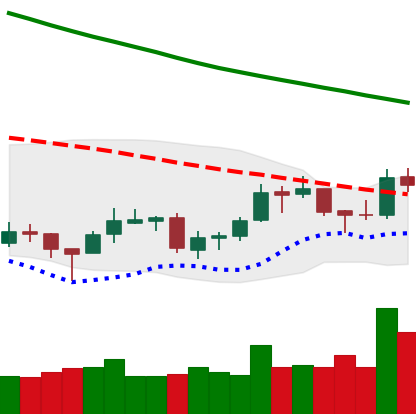
Ticker: LTC-USD
Chart end date: 2018-09-28
Forward return: -7.137%
Label: down_7plus